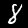
Digit: 8